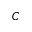
C